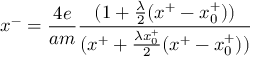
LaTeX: x ^ { - } = { \frac { 4 e } { a m } } { \frac { ( 1 + { \frac { \lambda } { 2 } } ( x ^ { + } - x _ { 0 } ^ { + } ) ) } { ( x ^ { + } + { \frac { \lambda x _ { 0 } ^ { + } } { 2 } } ( x ^ { + } - x _ { 0 } ^ { + } ) ) } }